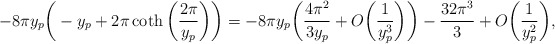
\begin{align*}-8\pi y_{p}\bigg(-y_{p}+ 2\pi\coth\bigg(\frac{2\pi}{y_{p}}\bigg)\bigg)=-8\pi y_{p}\bigg(\frac{4\pi^{2}}{3 y_{p}}+O\bigg(\frac{1}{y_{p}^{3}}\bigg)\bigg)-\frac{32\pi^{3}}{3 }+O\bigg(\frac{1}{y_{p}^{2}}\bigg),\end{align*}